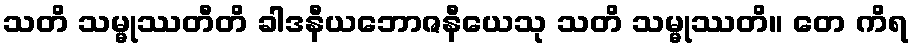
သတိ သမ္မုဿတီတိ ခါဒနီယဘောဇနီယေသု သတိ သမ္မုဿတိ။ တေ ကိရ